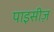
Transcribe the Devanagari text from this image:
पाइसीज़